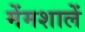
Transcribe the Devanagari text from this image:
मेंमशालें